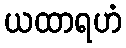
ယထာရဟံ